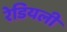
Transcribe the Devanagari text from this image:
रेडियली